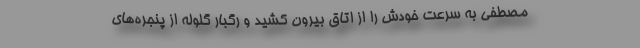
مصطفی به سرعت خودش را از اتاق بیرون کشید و رگبار گلوله از پنجره‌های